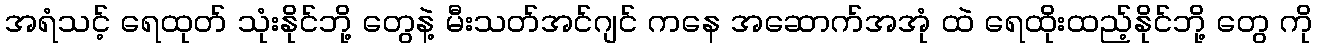
အရံသင့် ရေထုတ် သုံးနိုင်ဘို့ တွေနဲ့ မီးသတ်အင်ဂျင် ကနေ အဆောက်အအုံ ထဲ ရေထိုးထည့်နိုင်ဘို့ တွေ ကို